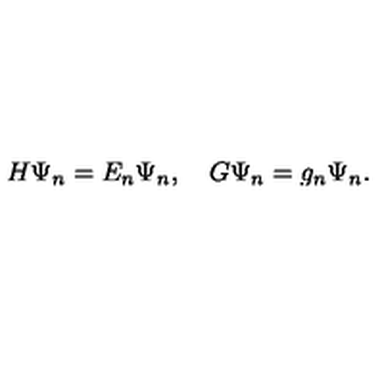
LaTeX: H \Psi \sb n = E \sb n \Psi \sb n , \quad G \Psi \sb n = g \sb n \Psi \sb n .